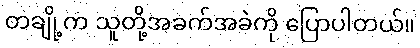
တချို့က သူတို့အခက်အခဲကို ပြောပါတယ်။